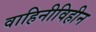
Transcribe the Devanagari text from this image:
वाहिनीविहीन